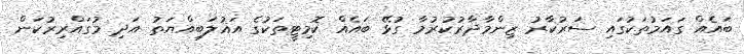
ބައެއް ގައަމުތަކުގައި ސަރުކާރު ޒިންމާދާރުކުރުމާ ގުޅޭ ބައެއް ކޮމިޓީތަކުގެ އަޣުލަބިއްޔަތު އަދި މުގައްރިރުކަން